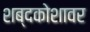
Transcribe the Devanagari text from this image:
शब्दकोशावर